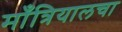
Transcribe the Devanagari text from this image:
माँत्रियालचा